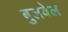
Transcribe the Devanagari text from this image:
बुलवेल